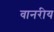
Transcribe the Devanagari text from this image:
वानरीय